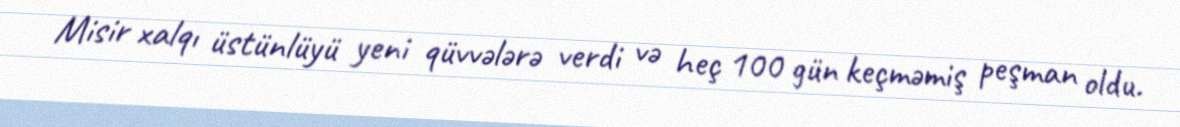
Misir xalqı üstünlüyü yeni qüvvələrə verdi və heç 100 gün keçməmiş peşman oldu.